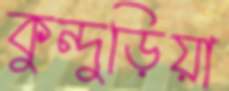
কুন্দুড়িয়া